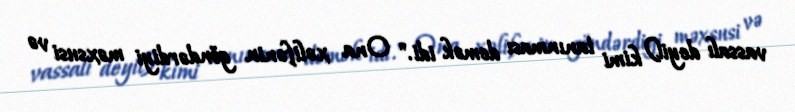
vassalı deyil) kimi tanınması demək idi." Ona xəlifənin göndərdiyi məxsusi və